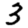
Digit: 3